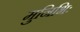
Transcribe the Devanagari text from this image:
मुनिभिः